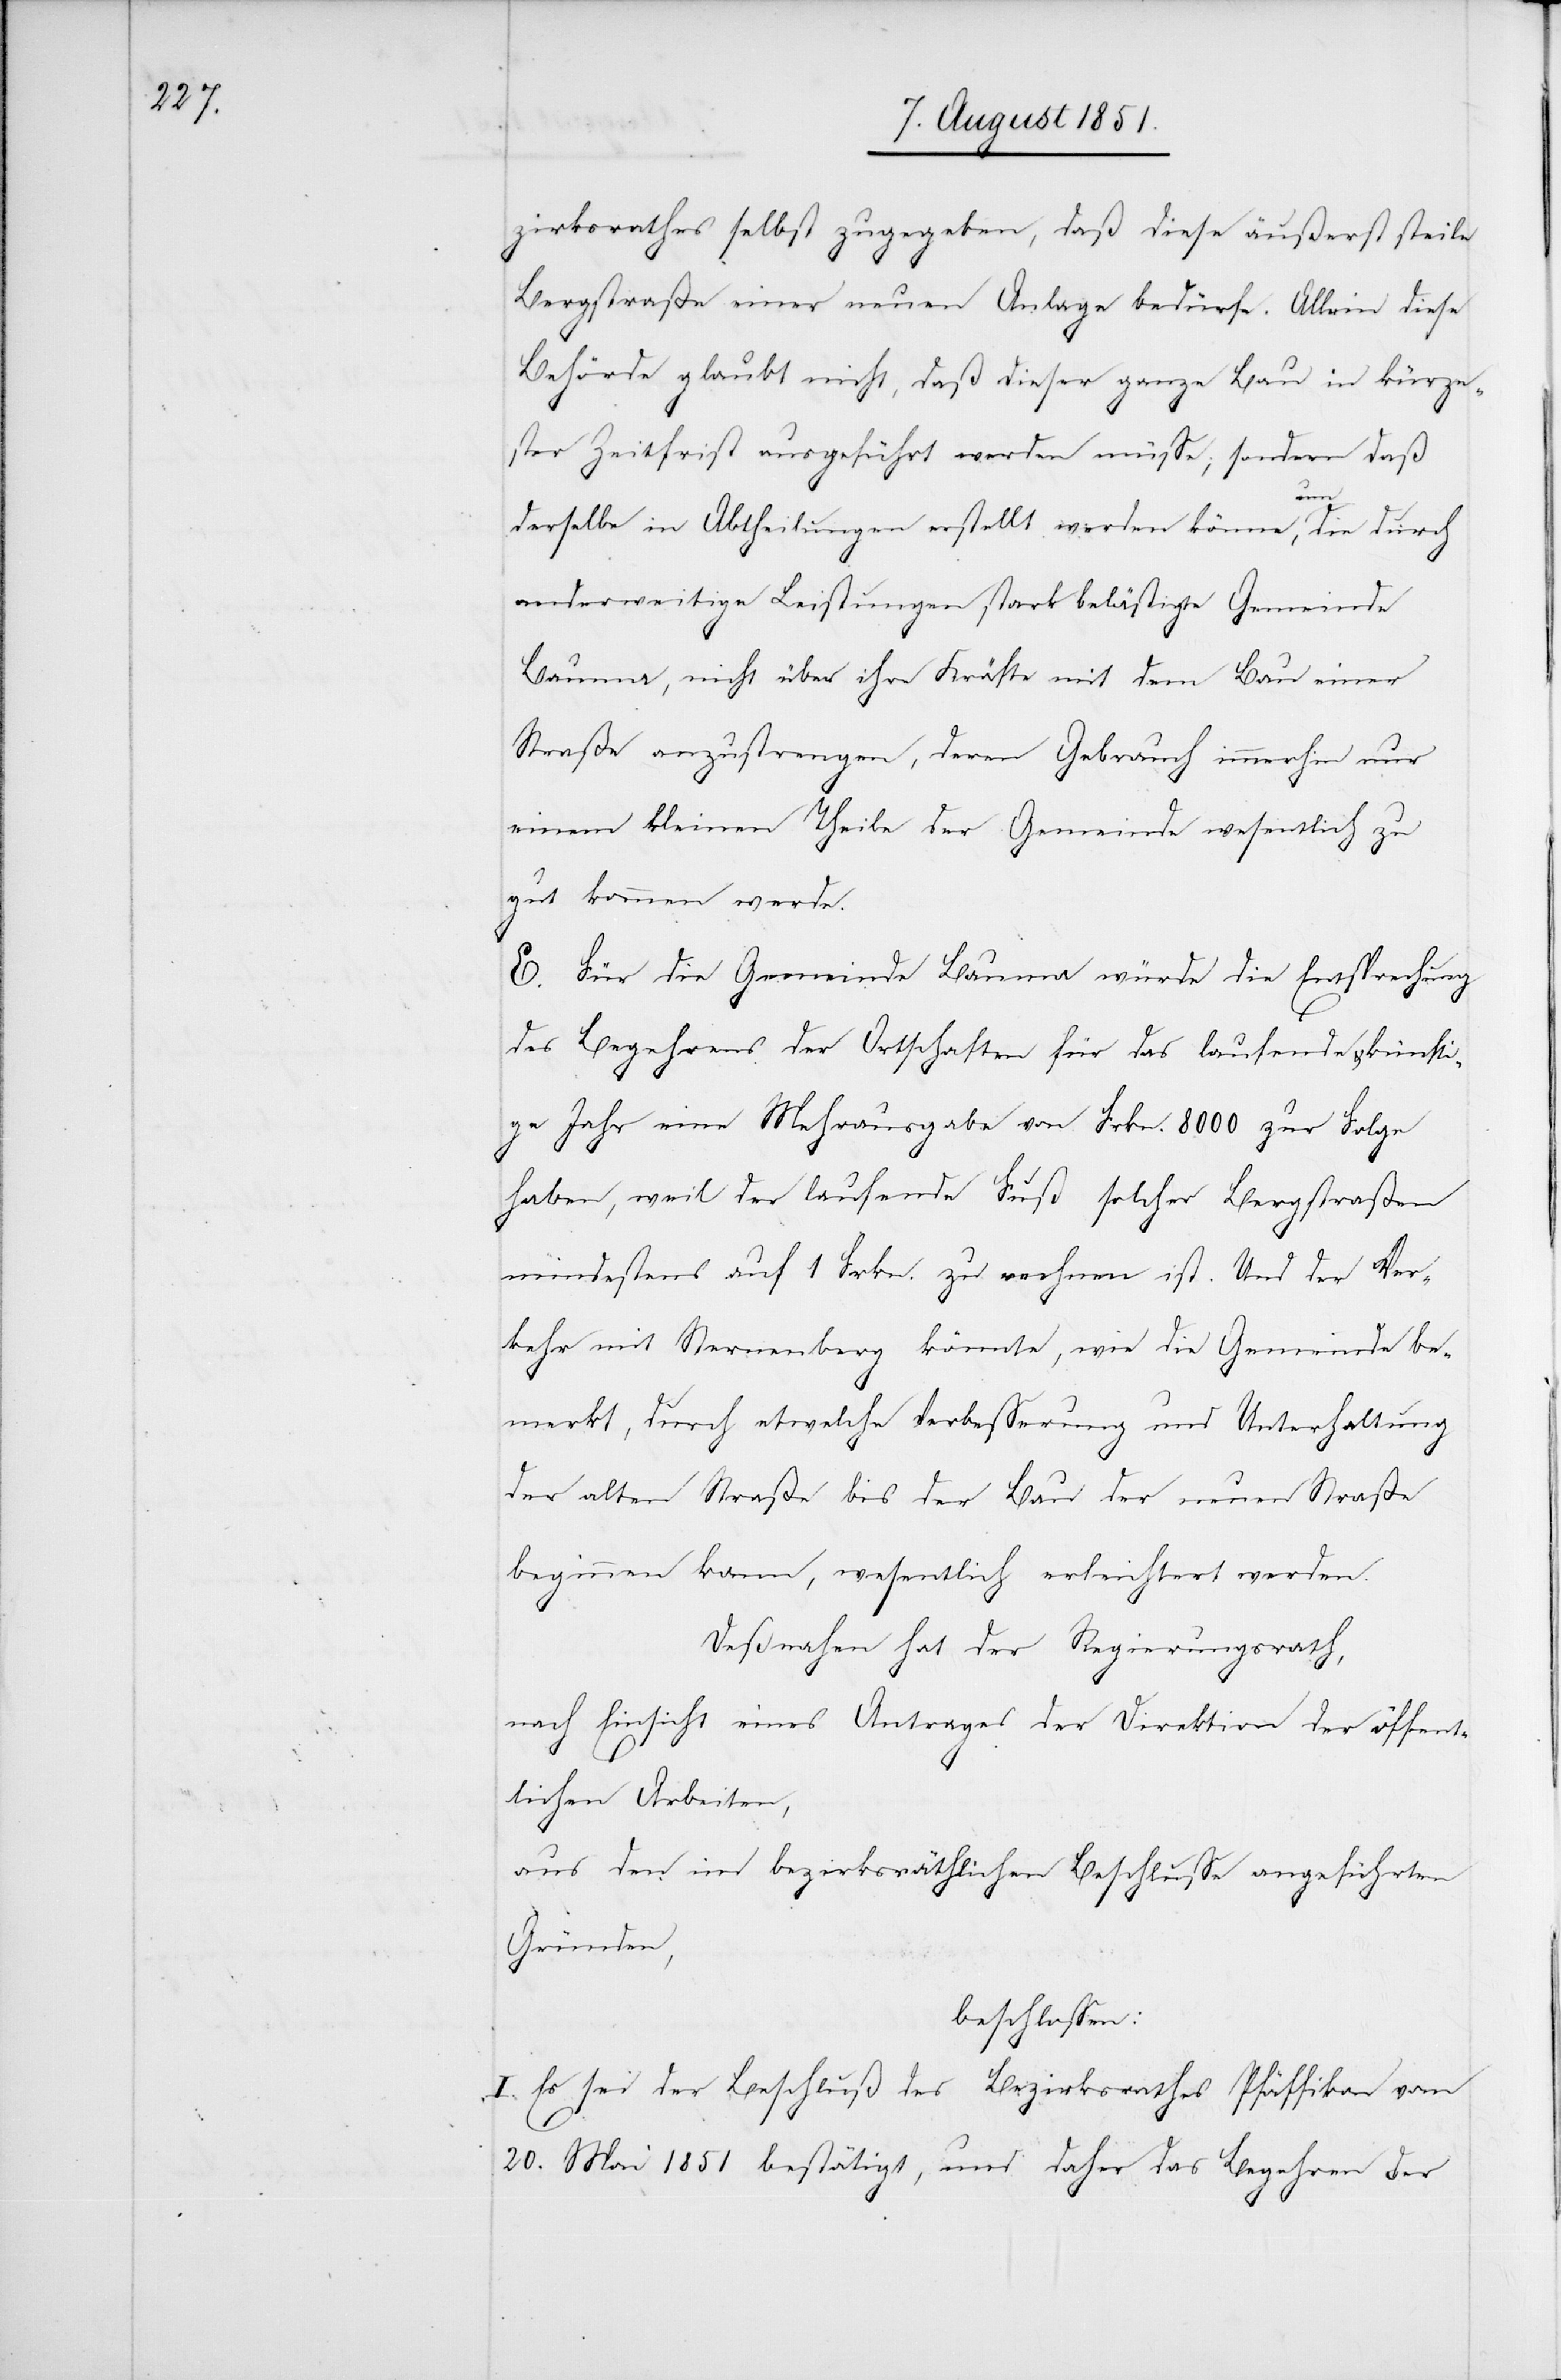
zirksrathes selbst zugegeben, daß diese äußerst steile
Bergstraße einer neuen Anlage bedürfe. Allein diese
Behörde glaubt nicht, daß dieser ganze Bau in kürze¬
ster Zeitfrist ausgeführt werden müsse; sondern daß
derselbe in Abtheilungen erstellt werden könne, um die durch
anderweitige Leistungen stark belästigte Gemeinde
Bauma, nicht über ihre Kräfte mit dem Bau einer
Straße anzustrengen, deren Gebrauch immerhin nur
einem kleinen Theile der Gemeinde wesentlich zu
gut kommen werde.
E. Für die Gemeinde Bauma würde die Entsprechung
des Begehrens der Ortschaften für das laufende & künfti¬
ge Jahr eine Mehrausgabe von Frkn. 8000 zur Folge
haben, weil der laufende Fuß solcher Bergstraßen
mindestens auf 1 Frkn. zu rechnen ist. Und der Ver¬
kehr mit Sternenberg könnte, wie die Gemeinde be¬
merkt, durch etwelche Verbesserung und Unterhaltung
der alten Straße bis der Bau der neuen Straße
beginnen kann, wesentlich erleichtert werden.
Deßnahen hat der Regierungsrath,
nach Einsicht eines Antrages der Direktion der öffent¬
lichen Arbeiten,
aus den im bezirksräthlichen Beschlusse angeführten
Gründen,
beschlossen:
I. Es sei der Beschluß des Bezirksrathes Pfäffikon vom
20. Mai 1851 bestätigt, und daher das Begehren der